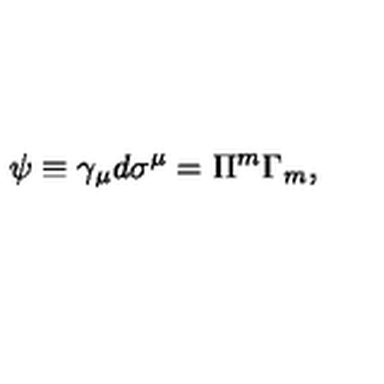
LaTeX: \psi \equiv \gamma _ { \mu } d \sigma ^ { \mu } = \Pi ^ { m } \Gamma _ { m } ,